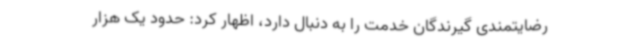
رضایتمندی گیرندگان خدمت را به دنبال دارد، اظهار کرد: حدود یک هزار